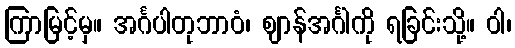
ကြာမြင့်မှ။ အင်္ဂပါတုဘာဝံ၊ ဈာန်အင်္ဂါကို ရခြင်းသို့။ ဝါ၊